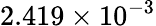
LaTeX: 2.419\times 10^{-3}